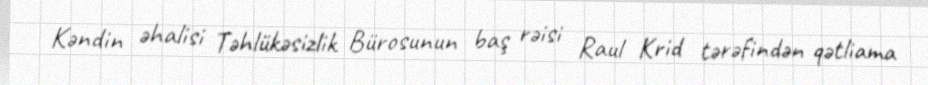
Kəndin əhalisi Təhlükəsizlik Bürosunun baş rəisi Raul Krid tərəfindən qətliama